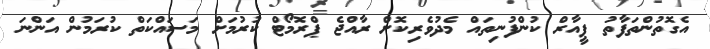
އެގޮތުންތަފާތު ޕީއާރް ކުންފުނިތައް މެދުވެރިކޮށް ރާއްޖެ ޕްރޮމޯޓް ކުރުމަށް މަސައްކަތް ކުރަމުން އަންނަ